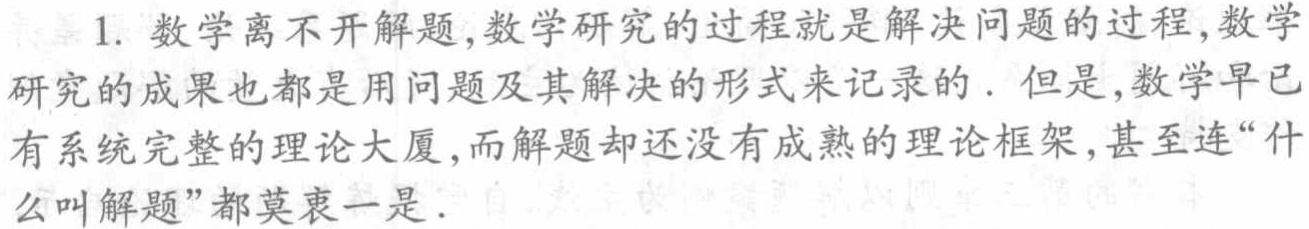
1. 数学离不开解题,数学研究的过程就是解决问题的过程,数学研究的成果也都是用问题及其解决的形式来记录的. 但是,数学早已有系统完整的理论大厦,而解题却还没有成熟的理论框架,甚至连“什么叫解题”都莫衷一是.